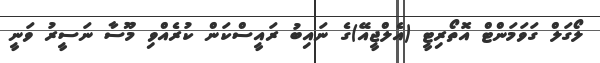
ލޯގަލް ގަވަމަންޓް އޮތޯރިޓީ (އެލްޖީއޭ)ގެ ނައިބު ރައީސްކަން ކުރެއްވި މޫސާ ނަސީރު ވަނީ